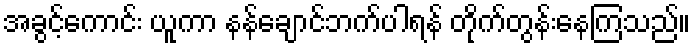
အခွင့်ကောင်း ယူကာ နန်ချောင်ဘက်ပါရန် တိုက်တွန်းနေကြသည်။